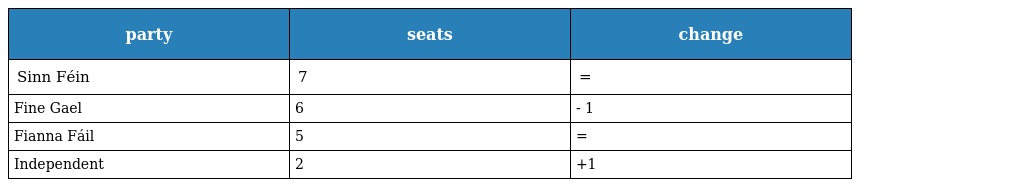
| party | seats | change |
 | --- | --- | --- |
 | Sinn Féin | 7 | = |
 | Fine Gael | 6 | - 1 |
 | Fianna Fáil | 5 | = |
 | Independent | 2 | +1 |